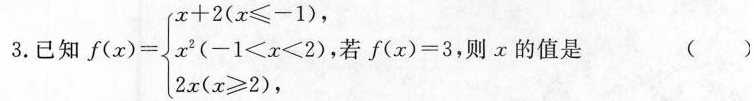
3.已知$$f ( x ) = \begin { cases }